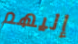
إليهم